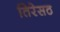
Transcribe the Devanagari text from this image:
तिरेसठ